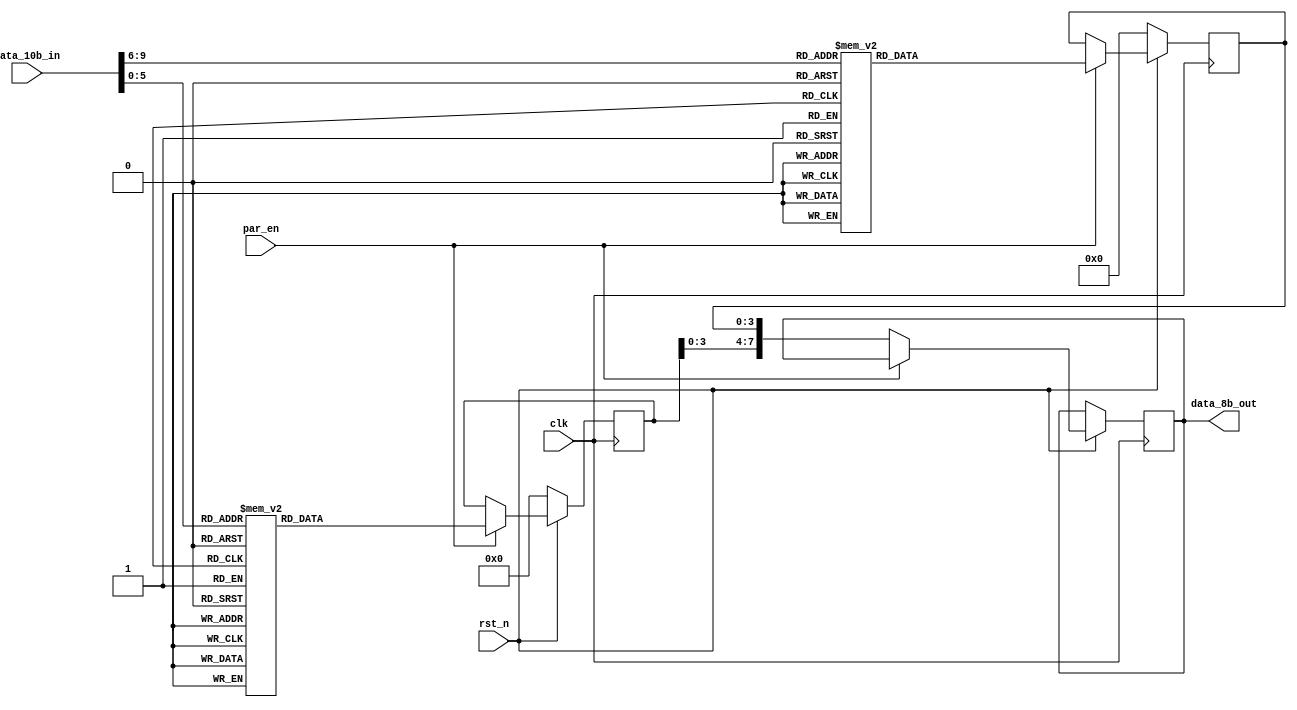
module decoder_10b_8b(
    input           clk,
    input           rst_n,
    input [9:0]     data_10b_in,
    input           par_en,
    output [7:0]    data_8b_out
);

    reg [3:0]       temp_3b;
    reg [5:0]       temp_5b;

    always @ (posedge clk) begin
        if (!rst_n) begin
            temp_3b <= 4'b0000;
            temp_5b <= 6'b000000;
        end
        else begin
            if (par_en) begin
                case (data_10b_in[9:6])
                4'b0100: temp_3b <= 3'b000;
                4'b1001: temp_3b <= 3'b001;
                4'b0101: temp_3b <= 3'b010;
                4'b0011: temp_3b <= 3'b011;
                4'b0010: temp_3b <= 3'b100;
                4'b1010: temp_3b <= 3'b101;
                4'b0110: temp_3b <= 3'b110;
                4'b0001: temp_3b <= 3'b111;
                default: temp_3b <= 3'b000;    
                endcase
                case (data_10b_in[5:0])
                6'b011000: temp_5b <= 5'b00000;
                6'b011101: temp_5b <= 5'b00001;
                6'b010010: temp_5b <= 5'b00010;     
                6'b110001: temp_5b <= 5'b00011;
                6'b110101: temp_5b <= 5'b00100;
                6'b101001: temp_5b <= 5'b00101;
                6'b011001: temp_5b <= 5'b00110;
                6'b111000: temp_5b <= 5'b00111;
                6'b111001: temp_5b <= 5'b01000;
                6'b100101: temp_5b <= 5'b01001;
                6'b010101: temp_5b <= 5'b01010;
                6'b110100: temp_5b <= 5'b01011;
                6'b001101: temp_5b <= 5'b01100;
                6'b101100: temp_5b <= 5'b01101;
                6'b011100: temp_5b <= 5'b01110;
                6'b010111: temp_5b <= 5'b01111;
                6'b011011: temp_5b <= 5'b10000;
                6'b100011: temp_5b <= 5'b10001;
                6'b010011: temp_5b <= 5'b10010;
                6'b110010: temp_5b <= 5'b10011;
                6'b001011: temp_5b <= 5'b10100;
                6'b101010: temp_5b <= 5'b10101;
                6'b011010: temp_5b <= 5'b10110;
                6'b111010: temp_5b <= 5'b10111;
                6'b110011: temp_5b <= 5'b11000;
                6'b100110: temp_5b <= 5'b11001;
                6'b010110: temp_5b <= 5'b11010;
                6'b110110: temp_5b <= 5'b11011;
                6'b001110: temp_5b <= 5'b11100;
                6'b101110: temp_5b <= 5'b11101;
                6'b011110: temp_5b <= 5'b11110;
                6'b101011: temp_5b <= 5'b11111;
                default: temp_5b <= 5'b00000;
                endcase
            end
            else data_8b_out <= {temp_5b, temp_3b};
        end
    end

endmodule